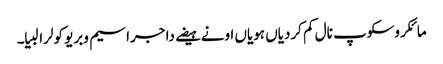
مائکروسکوپ نال کم کردیاں ہویاں اونے ہیضے دا جراسیم وبریو کولرا لبیا۔